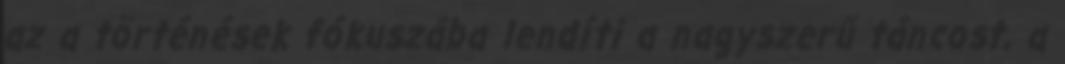
az a történések fókuszába lendíti a nagyszerű táncost, a